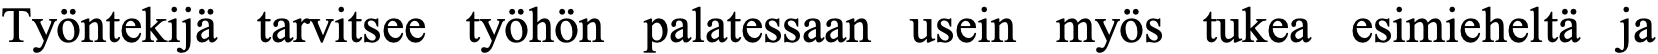
Työntekijä tarvitsee työhön palatessaan usein myös tukea esimieheltä ja